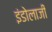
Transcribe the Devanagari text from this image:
इंडोलाजी